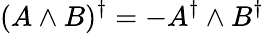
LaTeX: (A\wedge B)^{\dagger}=-A^{\dagger}\wedge B^{\dagger}